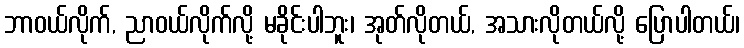
ဘာဝယ်လိုက်, ညာဝယ်လိုက်လို့ မခိုင်းပါဘူး၊ အုတ်လိုတယ်, အသားလိုတယ်လို့ ပြောပါတယ်၊